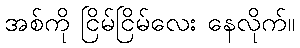
အစ်ကို ငြိမ်ငြိမ်လေး နေလိုက်။